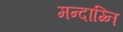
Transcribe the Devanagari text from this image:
मन्दाग्नि